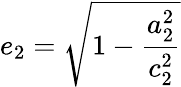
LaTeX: e_{2}=\displaystyle\sqrt{1-\frac{a_{2}^{2}}{c_{2}^{2}}}